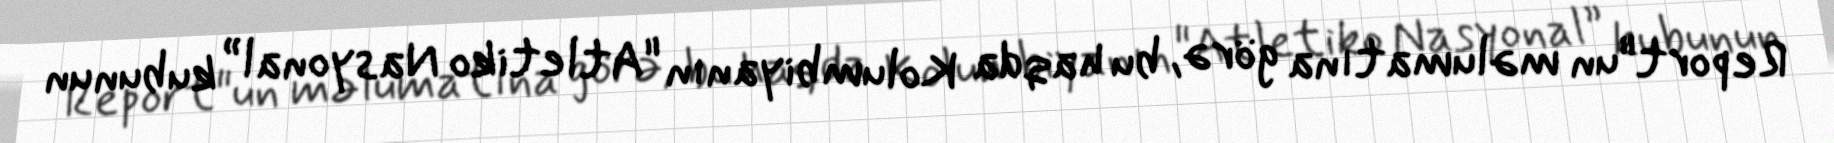
Report"un məlumatına görə, bu haqda Kolumbiyanın "Atletiko Nasyonal” kubunun